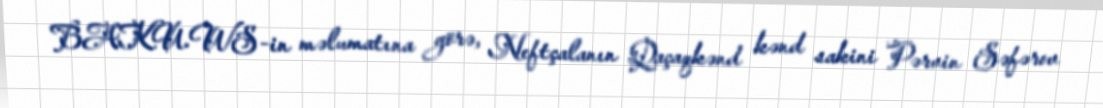
BAKU.WS-in məlumatına görə, Neftçalanın Qaçaqkənd kənd sakini Pərvin Səfərov